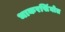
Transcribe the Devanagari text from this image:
भाकरसिंघोत